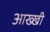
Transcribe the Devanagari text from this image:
आख्खी